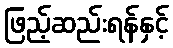
ဖြည့်ဆည်းရန်နှင့်